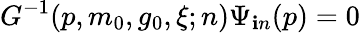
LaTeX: G^{-1}(p,m_{0},g_{0},\xi;n)\Psi_{\mathbf{i}n}(p)=0